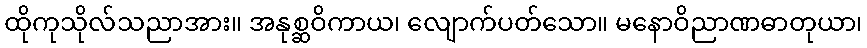
ထိုကုသိုလ်သညာအား။ အနုစ္ဆဝိကာယ၊ လျောက်ပတ်သော။ မနောဝိညာဏဓာတုယာ၊